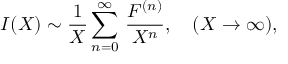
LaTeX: I ( X ) \sim \frac { 1 } { X } \sum _ { n = 0 } ^ { \infty } \, \frac { F ^ { ( n ) } } { X ^ { n } } , \quad ( X \to \infty ) ,